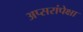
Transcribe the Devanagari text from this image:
अप्सरांपेक्षा